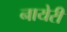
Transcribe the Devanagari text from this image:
नायेरी